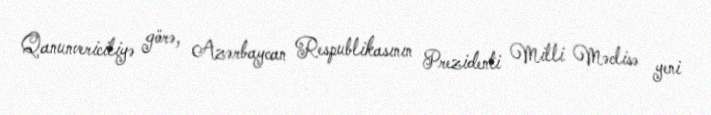
Qanunvericiliyə görə, Azərbaycan Respublikasının Prezidenti Milli Məclisə yeni